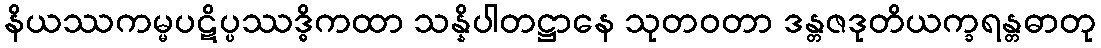
နိယဿကမ္မပဋိပ္ပဿဒ္ဓိကထာ သန္နိပါတဋ္ဌာနေ သုတဝတာ ဒန္တဇဒုတိယက္ခရန္တဓာတု